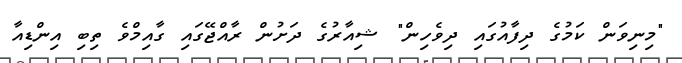
"މިނިވަން ކަމުގެ ދިފާއުގައި ދިވެހިން" ޝިއާރުގެ ދަށުން ރާއްޖޭގައި ގާއިމްވެ ތިބި އިންޑިއާ